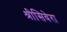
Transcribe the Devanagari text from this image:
श्रीसिवेरा